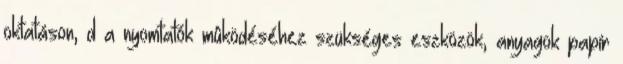
oktatáson, d a nyomtatók mûködéséhez szükséges eszközök, anyagok papír